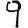
Digit: 9